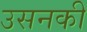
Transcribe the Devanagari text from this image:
उसनकी